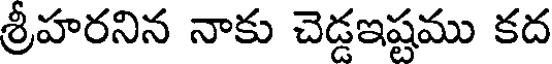
శ్రీహరనిన నాకు చెడ్డఇష్టము కద